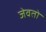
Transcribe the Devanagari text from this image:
जेवतो